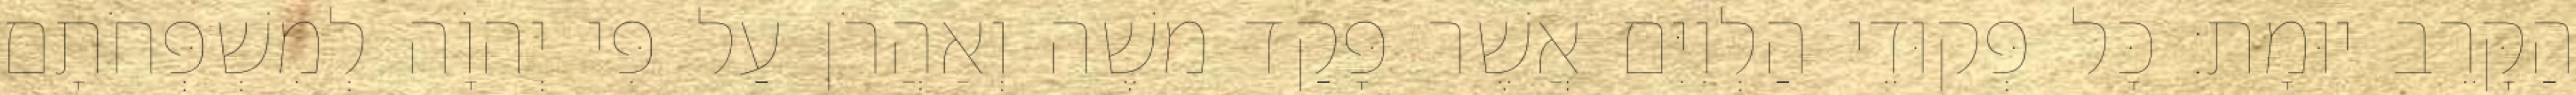
הַקָּרֵב יוּמָת׃ כָּל פְּקוּדֵי הַלְוִיִּם אֲשֶׁר פָּקַד משֶׁה וְאַהֲרֹן עַל פִּי יְהוָֹה לְמִשְׁפְּחֹתָם